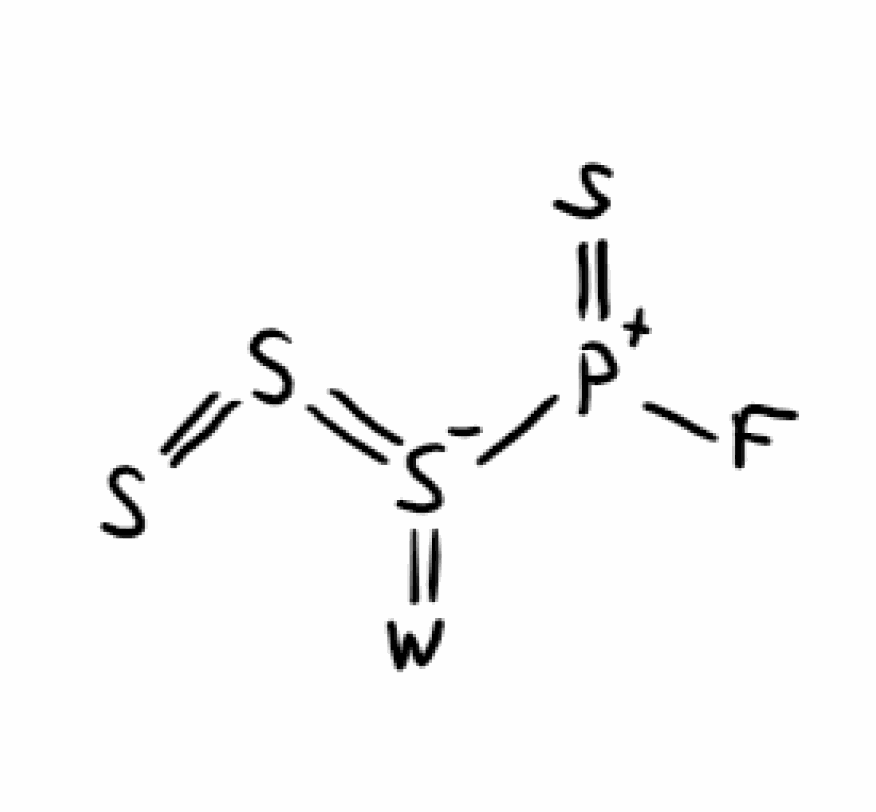
Simplified molecular-input line-entry system (SMILES) notation of the given molecule:
F[P+](=S)[S-](=S=S)=[W]